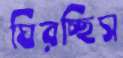
ঘিরচ্ছিস